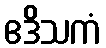
ဧဒိသကံ